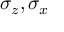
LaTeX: \sigma _ { z } , \sigma _ { x }